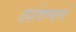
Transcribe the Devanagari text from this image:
दर्शवण्याचे